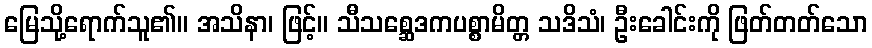
မြေသို့ရောက်သူ၏။ အသိနာ၊ ဖြင့်။ သီသစ္ဆေဒကပစ္စာမိတ္တ သဒိသံ၊ ဦးခေါင်းကို ဖြတ်တတ်သော